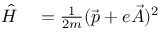
\begin{array} { r l } { \hat { H } } & { { } = \frac { 1 } { 2 m } ( \vec { p } + e \vec { A } ) ^ { 2 } } \end{array}